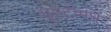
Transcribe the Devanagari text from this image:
घुमटीमधे